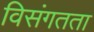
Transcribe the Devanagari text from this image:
विसंगतता